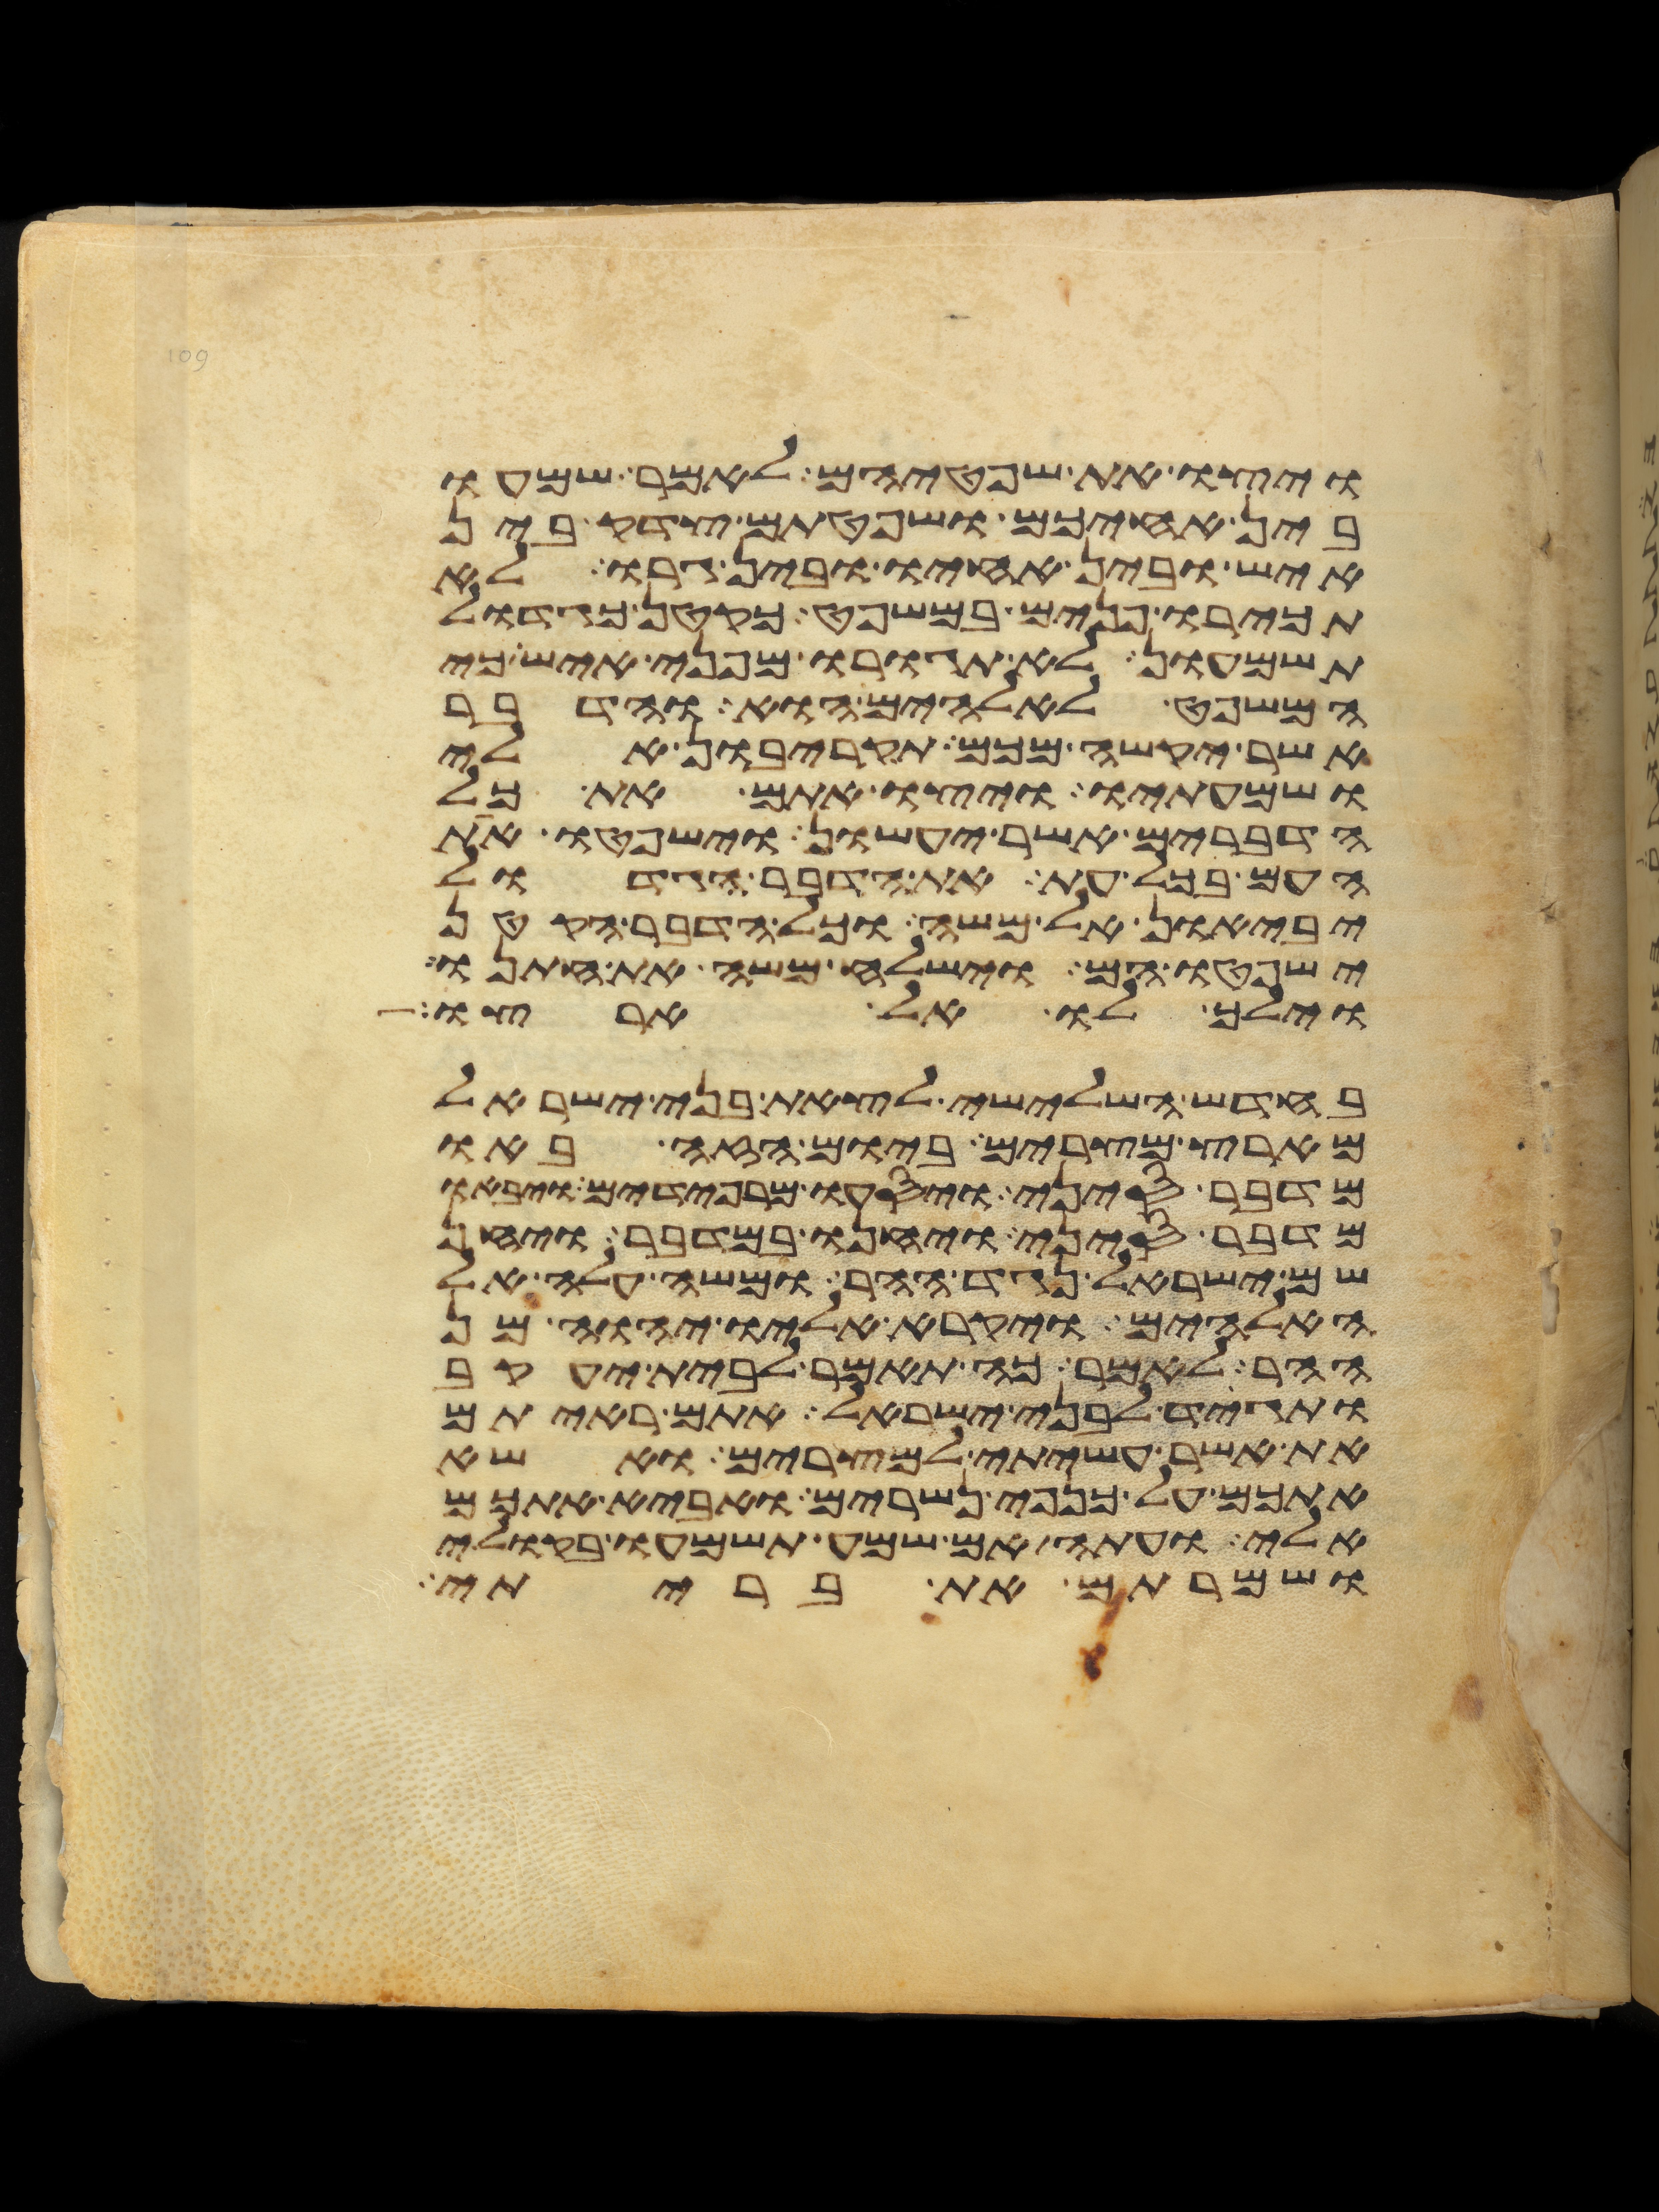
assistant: ויצו את שפטיהם לאמר שמעו
בין אחיכם ושפטתם צדק בין
איש ובין אחיו ובין גרו לא
תכירו פנים במשפט כקטן כגדול
תשמעון לא תגורו מפני איש כי
המשפט לאלהים הוא והדבר
אשר יקשה מכם תקריבון אלי
ושמעתיו ויצו אתם את כל
הדברים אשר יעשון וישפטו את
העם בכל עת את הדבר הגדול
יביאון אל משה וכל הדבר הקטן
ישפטו הם וישלח משה את חתנו
וילך לו אל ארצו
בחדש השלישי לצאת בני ישראל
מארץ מצרים ביום הזה באו
מדבר סיני ויסעו מרפידים ויבאו
מדבר סיני ויחנו במדבר ויחן
שם ישראל נגד ההר ומשה עלה אל
האלהים ויקרא אליו יהוה מן
ההר לאמר כה תאמר לבית יעקב
ותגיד לבני ישראל אתם ראיתם
את אשר עשיתי למצרים ואשא
אתכם על כנפי נשרים ואביא אתכם
אלי ועתה אם שמע תשמעו בקולי
ושמרתם את בריתי